Report of cholera committee
Disease focus: Cholera
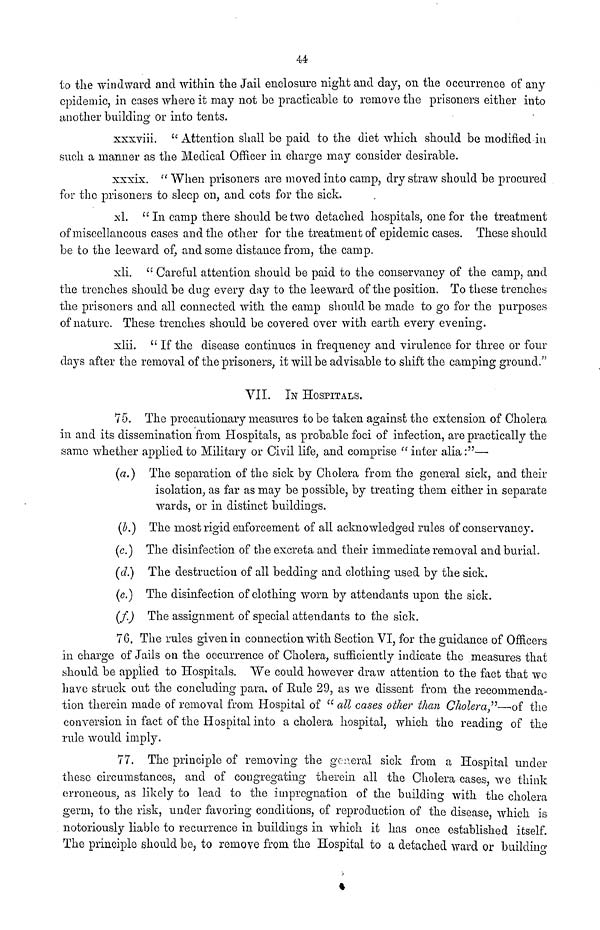
44
to the windward and within the Jail enclosure night and day, on the occurrence of any
epidemic, in cases where it may not be practicable to remove the prisoners either into
another building or into tents.
xxxviii. " Attention shall be paid to the diet which should be modified in.
such a manner as the Medical Officer in charge may consider desirable.
xxxix. " When prisoners are moved into camp, dry straw should be procured
for the prisoners to sleep on, and cots for the sick.
xl. " In camp there should be two detached hospitals, one for the treatment
of miscellaneous cases and the other for the treatment of epidemic cases. These should
be to the leeward of, and some distance from, the camp.
xli. " Careful attention should be paid to the conservancy of the camp, and
the trenches should be dug every day to the leeward of the position. To these trenches
the prisoners and all connected with the camp should be made to go for the purposes
of nature. These trenches should be covered over with earth every evening.
xlii. " If the disease continues in frequency and virulence for three or four
days after the removal of the prisoners, it will be advisable to shift the camping ground."
VII.
IN HOSPITALS.
75. The precautionary measures to be taken against the extension of Cholera
in and its dissemination from Hospitals, as probable foci of infection, are practically the
same whether applied to Military or Civil life, and comprise " inter alia :"—
(a.) The separation of the sick by Cholera from the general sick, and their
isolation, as far as may be possible, by treating them, either in separate
wards, or in distinct buildings.
(5.) The most rigid enforcement of all acknowledged rules of conservancy,
(c.) The disinfection of the excreta and their immediate removal and burial.
(d.) The destruction of all bedding and clothing used by the sick,
(c.) The disinfection of clothing worn by attendants upon the sick.
(f.) The assignment of special attendants to the sick.
76. The rules given in connection with Section VI, for the guidance of Officers
in charge of Jails on the occurrence of Cholera, sufficiently indicate the measures that
should be applied to Hospitals. We could however draw attention to the fact that we
have struck out the concluding para, of Eule 29, as we dissent from the recommenda-
tion therein made of removal from Hospital of " all cases other than Cholera,"—-of the
conversion in fact of the Hospital into a cholera hospital, which the reading of the
rule would imply.
77. The principle of removing the general sick from a Hospital under
these circumstances, and of congregating therein all the Cholera cases, we think
erroneous, as likely to lead to the impregnation of the building with the cholera
germ, to the risk, under favoring conditions, of reproduction of the disease, which is
notoriously liable to recurrence in buildings in which it has once established itself.
The principle should be, to remove from the Hospital to a detached ward or building